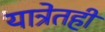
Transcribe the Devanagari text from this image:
यात्रेतही